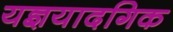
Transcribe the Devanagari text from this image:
यज्ञयादगिक